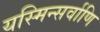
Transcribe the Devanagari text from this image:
यस्मिन्सर्वाणि